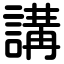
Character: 講